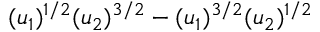
( u _ { 1 } ) ^ { 1 / 2 } ( u _ { 2 } ) ^ { 3 / 2 } - ( u _ { 1 } ) ^ { 3 / 2 } ( u _ { 2 } ) ^ { 1 / 2 }